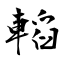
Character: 轁